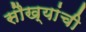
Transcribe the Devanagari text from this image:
सौख्यांची